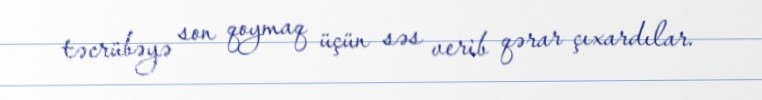
təcrübəyə son qoymaq üçün səs verib qərar çıxardılar.